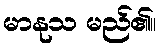
မာနုသ မည်၏။